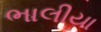
ભાલીયા